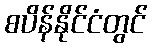
စပိန်နိုင်ငံတွင်